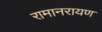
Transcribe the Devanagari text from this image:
रामानरायण